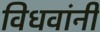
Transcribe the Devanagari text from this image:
विधवांनी